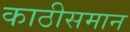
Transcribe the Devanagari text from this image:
काठीसमान